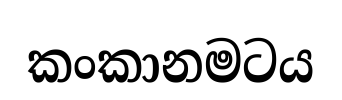
කංකානමටය